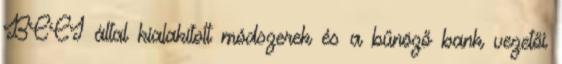
BCCI által kialakított módszerek és a bűnöző bank vezetői